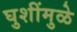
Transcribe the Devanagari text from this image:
घुशींमुळे